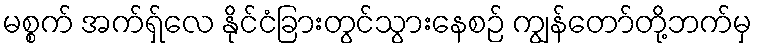
မစ္စက် အက်ရှ်လေ နိုင်ငံခြားတွင်သွားနေစဉ် ကျွန်တော်တို့ဘက်မှ